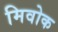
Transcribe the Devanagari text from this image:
मिवोक